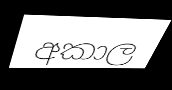
අකාල